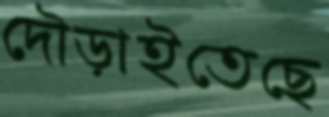
দৌড়াইতেছে